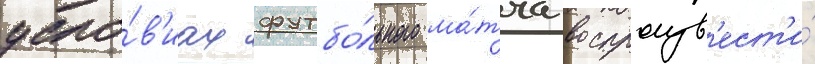
усло́в'иах футбо́льного ма́тча воспроизв'ест'и́